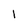
Character: 1